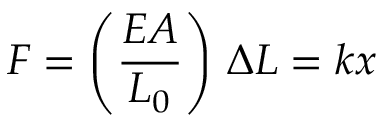
F = \left( { \frac { E A } { L _ { 0 } } } \right) \, \Delta L = k x